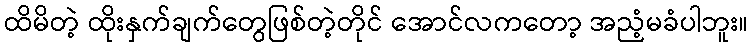
ထိမိတဲ့ ထိုးနှက်ချက်တွေဖြစ်တဲ့တိုင် အောင်လကတော့ အညံ့မခံပါဘူး။